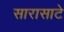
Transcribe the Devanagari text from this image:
सारासाटे